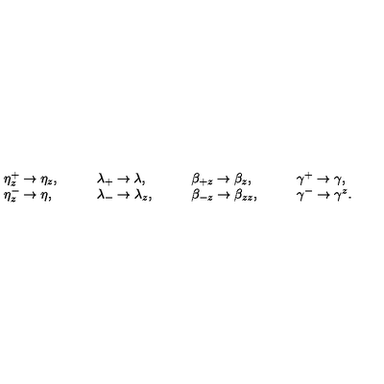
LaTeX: \begin{array} { l l l l } { \eta _ { z } ^ { + } \rightarrow \eta _ { z } , \quad } & { \quad \lambda _ { + } \rightarrow \lambda , \quad } & { \quad \beta _ { + z } \rightarrow \beta _ { z } , \quad } & { \quad \gamma ^ { + } \rightarrow \gamma , } \\ { \eta _ { z } ^ { - } \rightarrow \eta , \quad } & { \quad \lambda _ { - } \rightarrow \lambda _ { z } , \quad } & { \quad \beta _ { - z } \rightarrow \beta _ { z z } , \quad } & { \quad \gamma ^ { - } \rightarrow \gamma ^ { z } . } \\ \end{array}